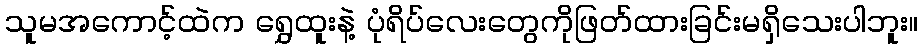
သူမအကောင့်ထဲက ရွှေထူးနဲ့ ပုံရိပ်လေးတွေကိုဖြတ်ထားခြင်းမရှိသေးပါဘူး။